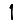
Digit: 1